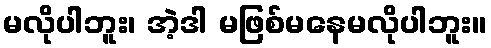
မလိုပါဘူး၊ အဲ့ဒါ မဖြစ်မနေမလိုပါဘူး။